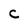
Character: C